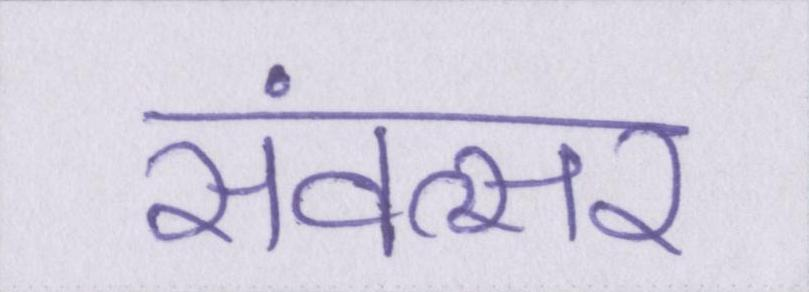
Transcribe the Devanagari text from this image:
संवत्सर